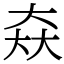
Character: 𡘙